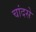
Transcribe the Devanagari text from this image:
चांदसे